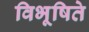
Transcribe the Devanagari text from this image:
विभूषिते